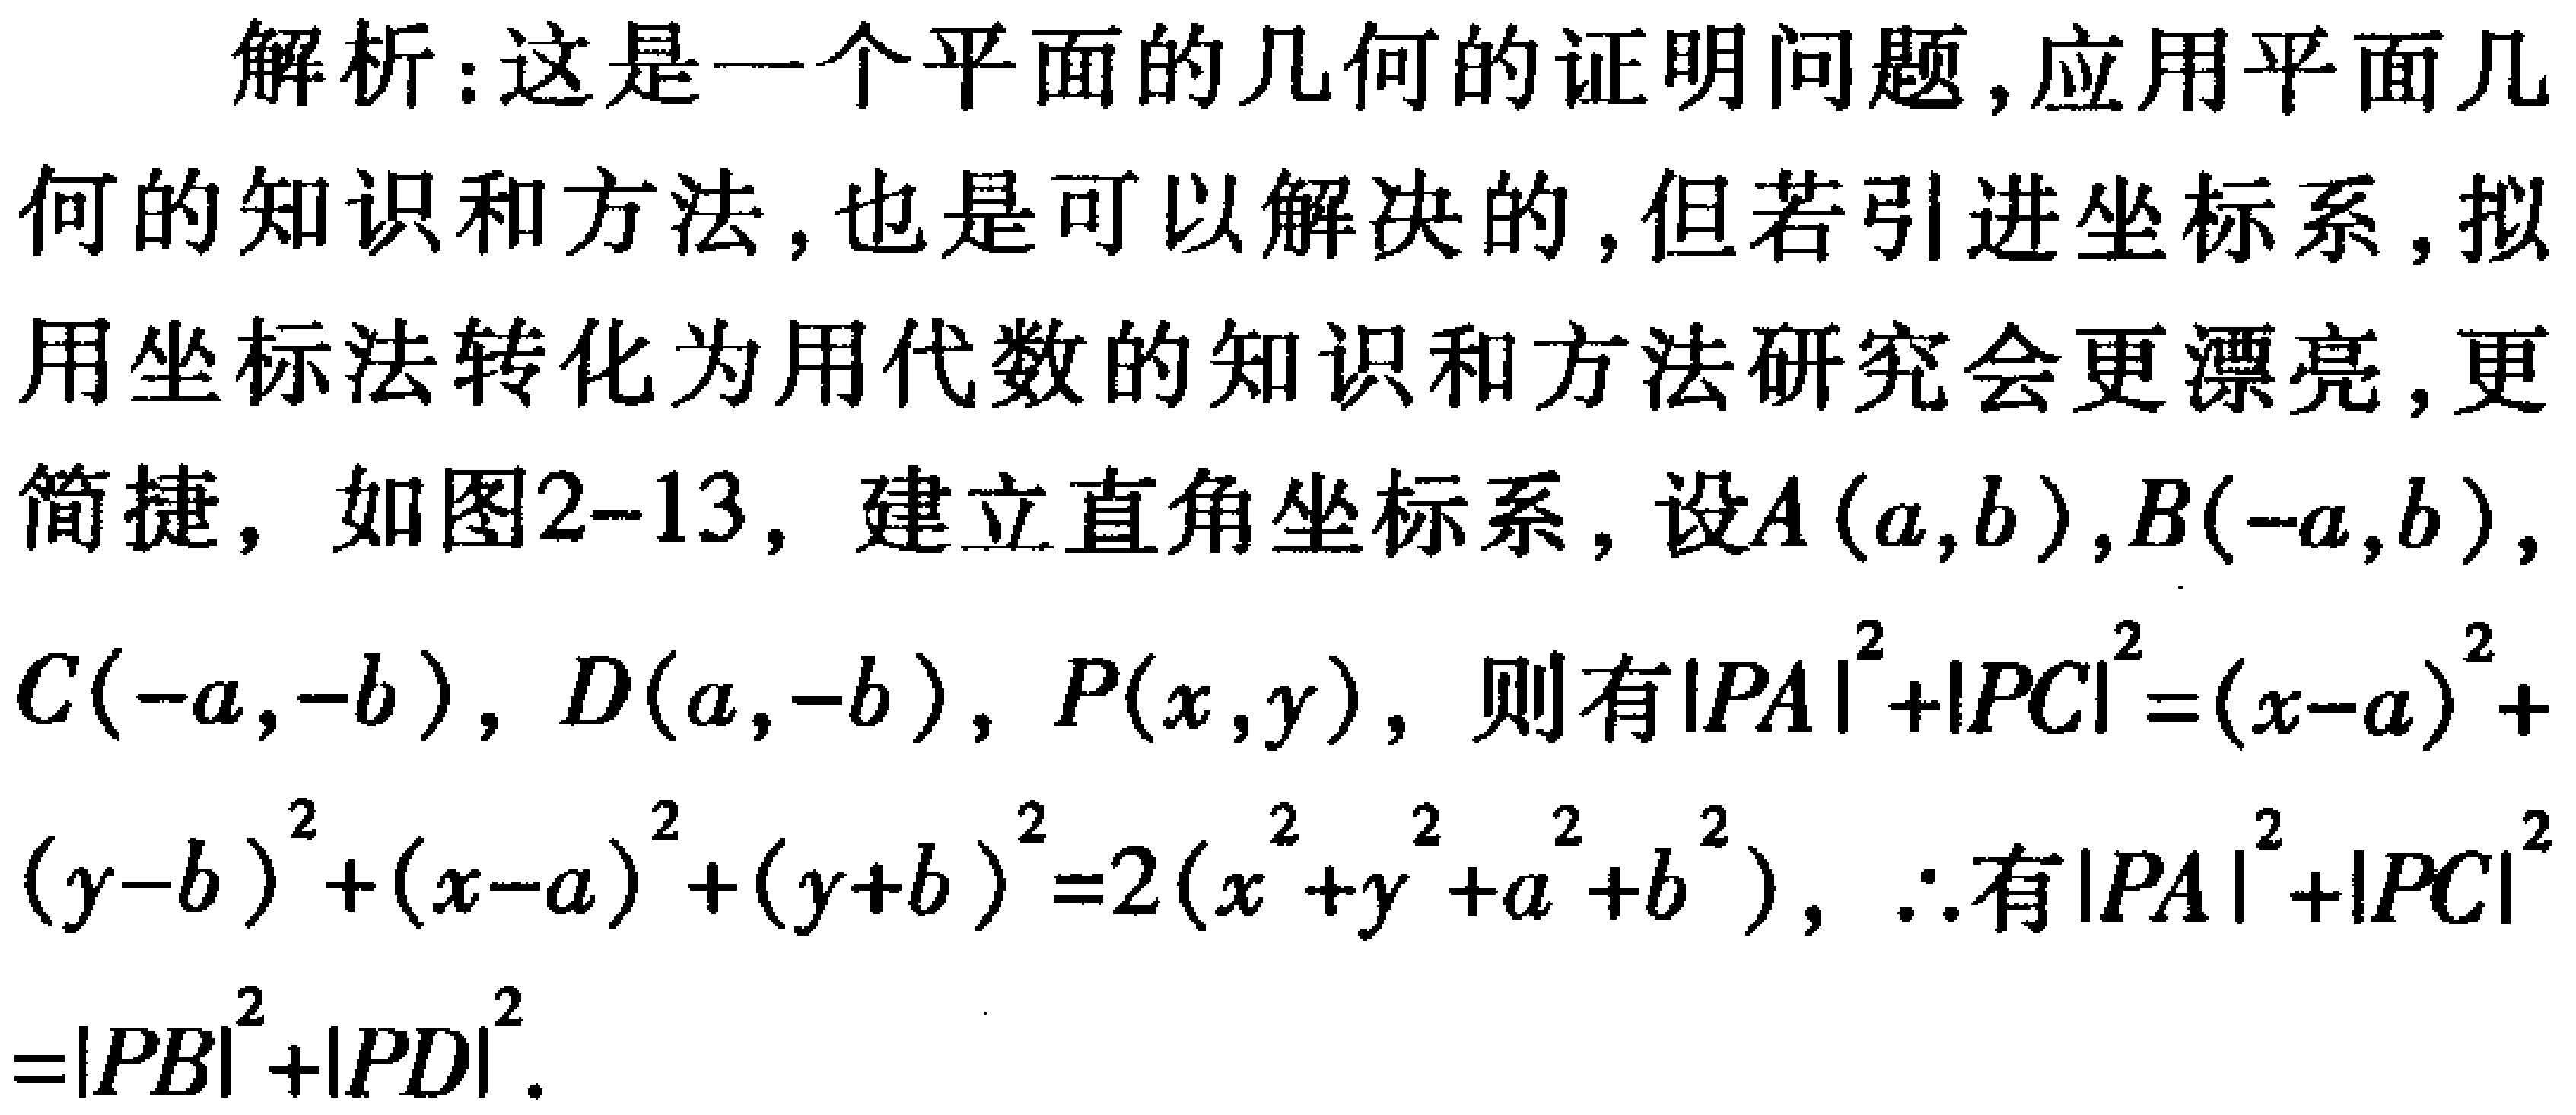
解析：这是一个平面的几何的证明问题,应用平面几何的知识和方法, 也是可以解决的,但若引进坐标系,拟用坐标法转化为用代数的知识和方法研究会更漂亮,更简捷，如图2-13，建立直角坐标系，设\(A(a,b)\)，\(B(-a,b)\)，\(C(-a,-b)\)，\(D(a,-b)\)，\(P(x,y)\)，则有\(\vert PA\vert^{2}+\vert PC\vert^{2}=(x - a)^{2}+(y - b)^{2}+(x + a)^{2}+(y + b)^{2}=2(x^{2}+y^{2}+a^{2}+b^{2})\)，\(\therefore\)有\(\vert PA\vert^{2}+\vert PC\vert^{2}=\vert PB\vert^{2}+\vert PD\vert^{2}\)。